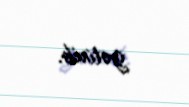
gətirib.